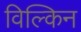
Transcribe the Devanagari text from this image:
विल्किन